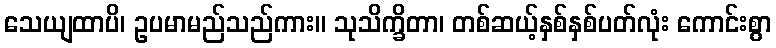
သေယျထာပိ၊ ဥပမာမည်သည်ကား။ သုသိက္ခိတာ၊ တစ်ဆယ့်နှစ်နှစ်ပတ်လုံး ကောင်းစွာ